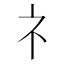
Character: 礻